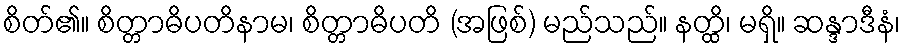
စိတ်၏။ စိတ္တာဓိပတိနာမ၊ စိတ္တာဓိပတိ (အဖြစ်) မည်သည်။ နတ္ထိ၊ မရှိ။ ဆန္ဒာဒီနံ၊